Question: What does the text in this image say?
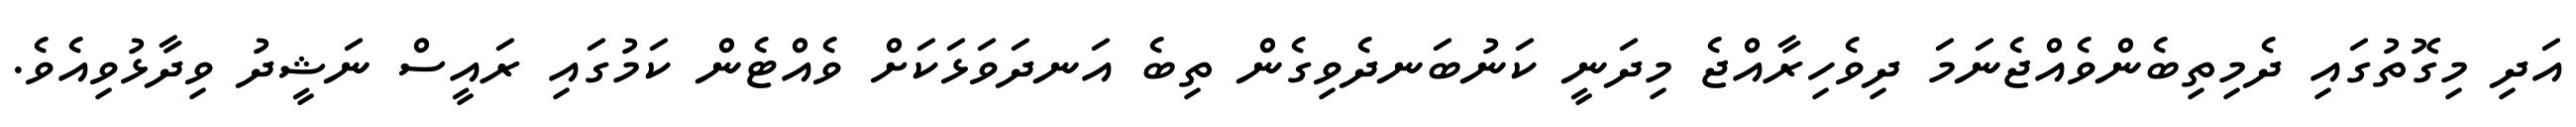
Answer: އަދި މިގޮތުގައި ދެމިތިބެންވެއްޖެނަމަ ދިވެހިރާއްޖެ މިދަނީ ކަނުބަނދެވިގެން ތިބެ އަނދަވަޅަކަށް ވެއްޓެން ކަމުގައި ރައީސް ނަޝީދު ވިދާޅުވިއެވެ.